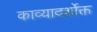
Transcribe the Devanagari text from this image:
काव्यादर्शोक्त